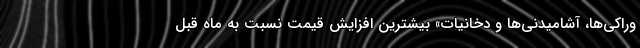
وراکی‌ها، آشامیدنی‌ها و دخانیات» بیشترین افزایش قیمت نسبت به ماه قبل